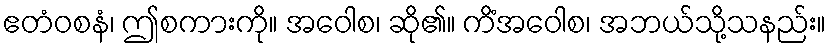
ဧတံဝစနံ၊ ဤစကားကို။ အဝေါစ၊ ဆို၏။ ကိံအဝေါစ၊ အဘယ်သို့သနည်း။